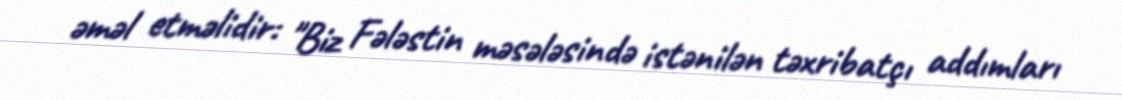
əməl etməlidir: "Biz Fələstin məsələsində istənilən təxribatçı addımları